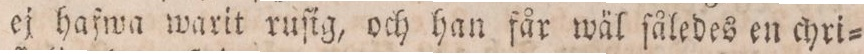
ej hafwa warit ruſig, och han får wäl ſåledes en chri=